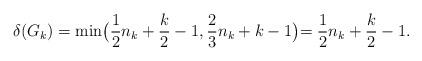
LaTeX: \begin{align*}\delta(G_k) = \min\bigl( \frac{1}{2}n_k + \frac{k}{2}-1, \frac{2}{3}n_k + k-1\bigl) = \frac{1}{2}n_k + \frac{k}{2}-1. \end{align*}